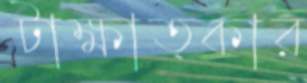
টাক্ষাত্কার